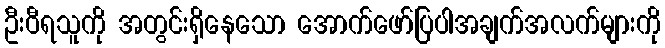
ဦးဝီရသူကို အတွင်းရှိနေသော အောက်ဖော်ပြပါအချက်အလက်များကို